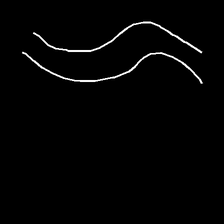
Glyph: float